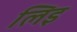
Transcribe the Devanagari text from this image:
लिइ